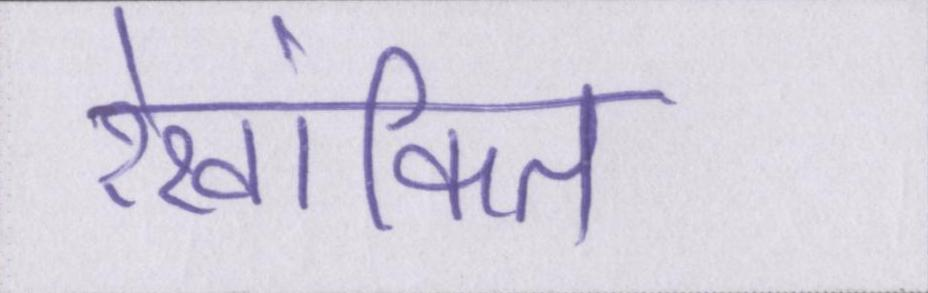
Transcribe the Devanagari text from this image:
रेखांकित